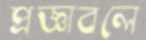
প্রজ্ঞাবলে